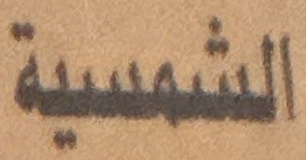
الشمسية